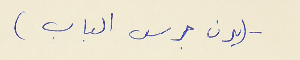
- (يرن جرس الباب)